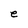
Character: e